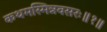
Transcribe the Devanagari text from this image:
कथमस्मिन्नवसरः॥१॥